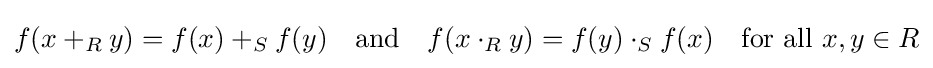
f(x+_{R}y)=f(x)+_{S}f(y)\ \ \ {\text{and}}\ \ \ f(x\cdot _{R}y)=f(y)\cdot _{S}f(x)\ \ \ {\text{for all }}x,y\in R